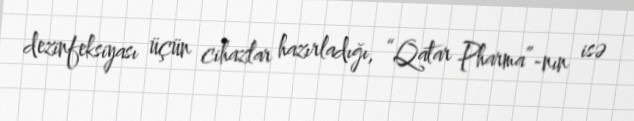
dezinfeksiyası üçün cihazlar hazırladığı, “Qatar Pharma”-nın isə